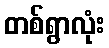
တစ်ရွာလုံး